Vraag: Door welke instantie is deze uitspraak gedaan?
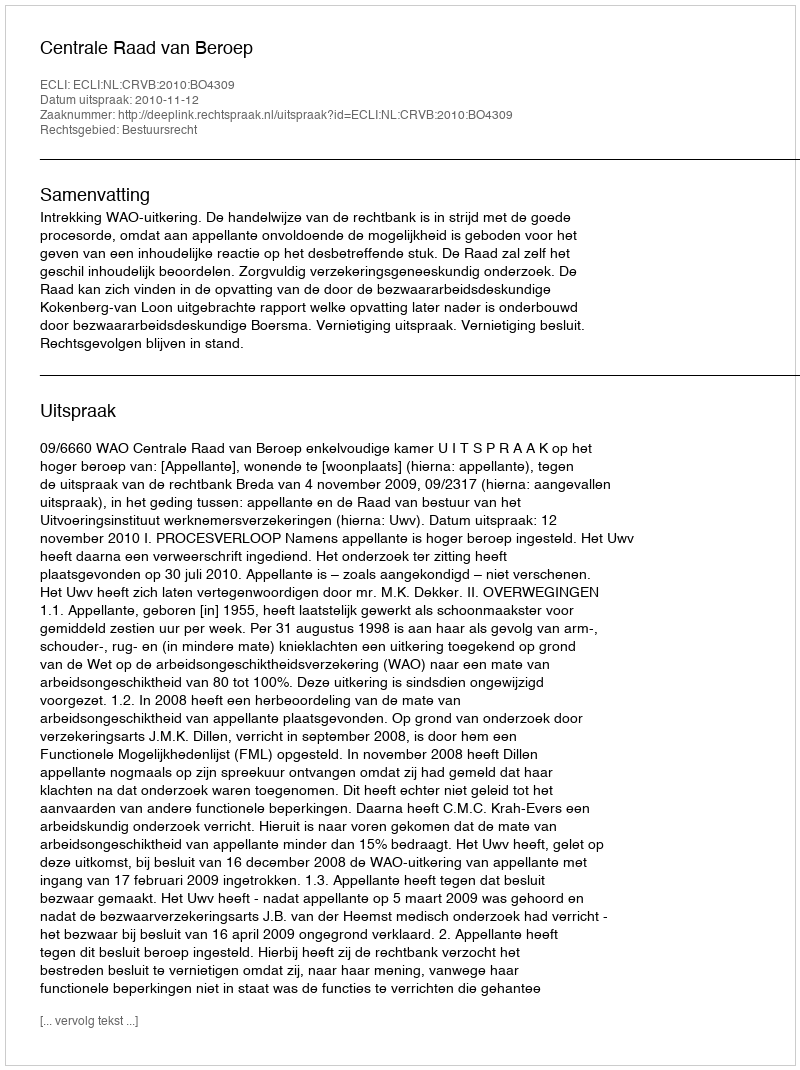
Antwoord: Centrale Raad van Beroep